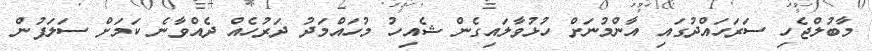
މާބުލްޖެހި ސަރަހައްދުގައި އާންމުނަށް ހުޅުވާލައިގެން ޝެއިހު މުހައްމަދު ދަރުހެއް ދެއްވާނެ ކަމަށް ސަލަފުން